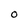
Character: O